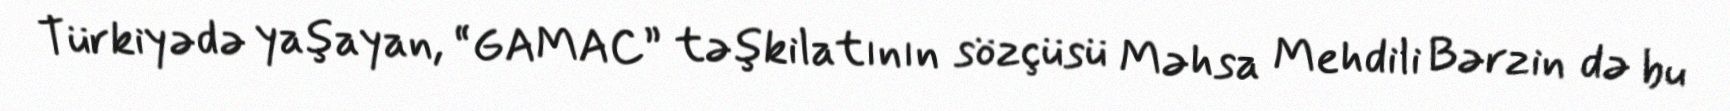
Türkiyədə yaşayan, “GAMAC” təşkilatının sözçüsü Məhsa Mehdili Bərzin də bu